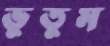
ভুতুম